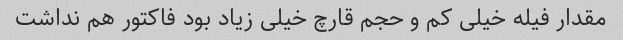
مقدار فیله خیلی کم و حجم قارچ خیلی زیاد بود فاکتور هم نداشت